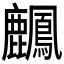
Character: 𪋴